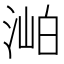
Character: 𣶎